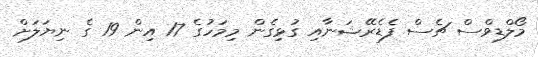
މޯލްޑިވްސް ޗެސް ފެޑެރޭޝަނާއި ގުޅިގެން މިމަހުގެ 17 އިން 19 ގެ ނިޔަލަށް